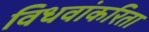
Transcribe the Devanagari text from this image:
विधवांकरिता